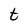
Character: t